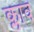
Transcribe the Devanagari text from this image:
क्लाव